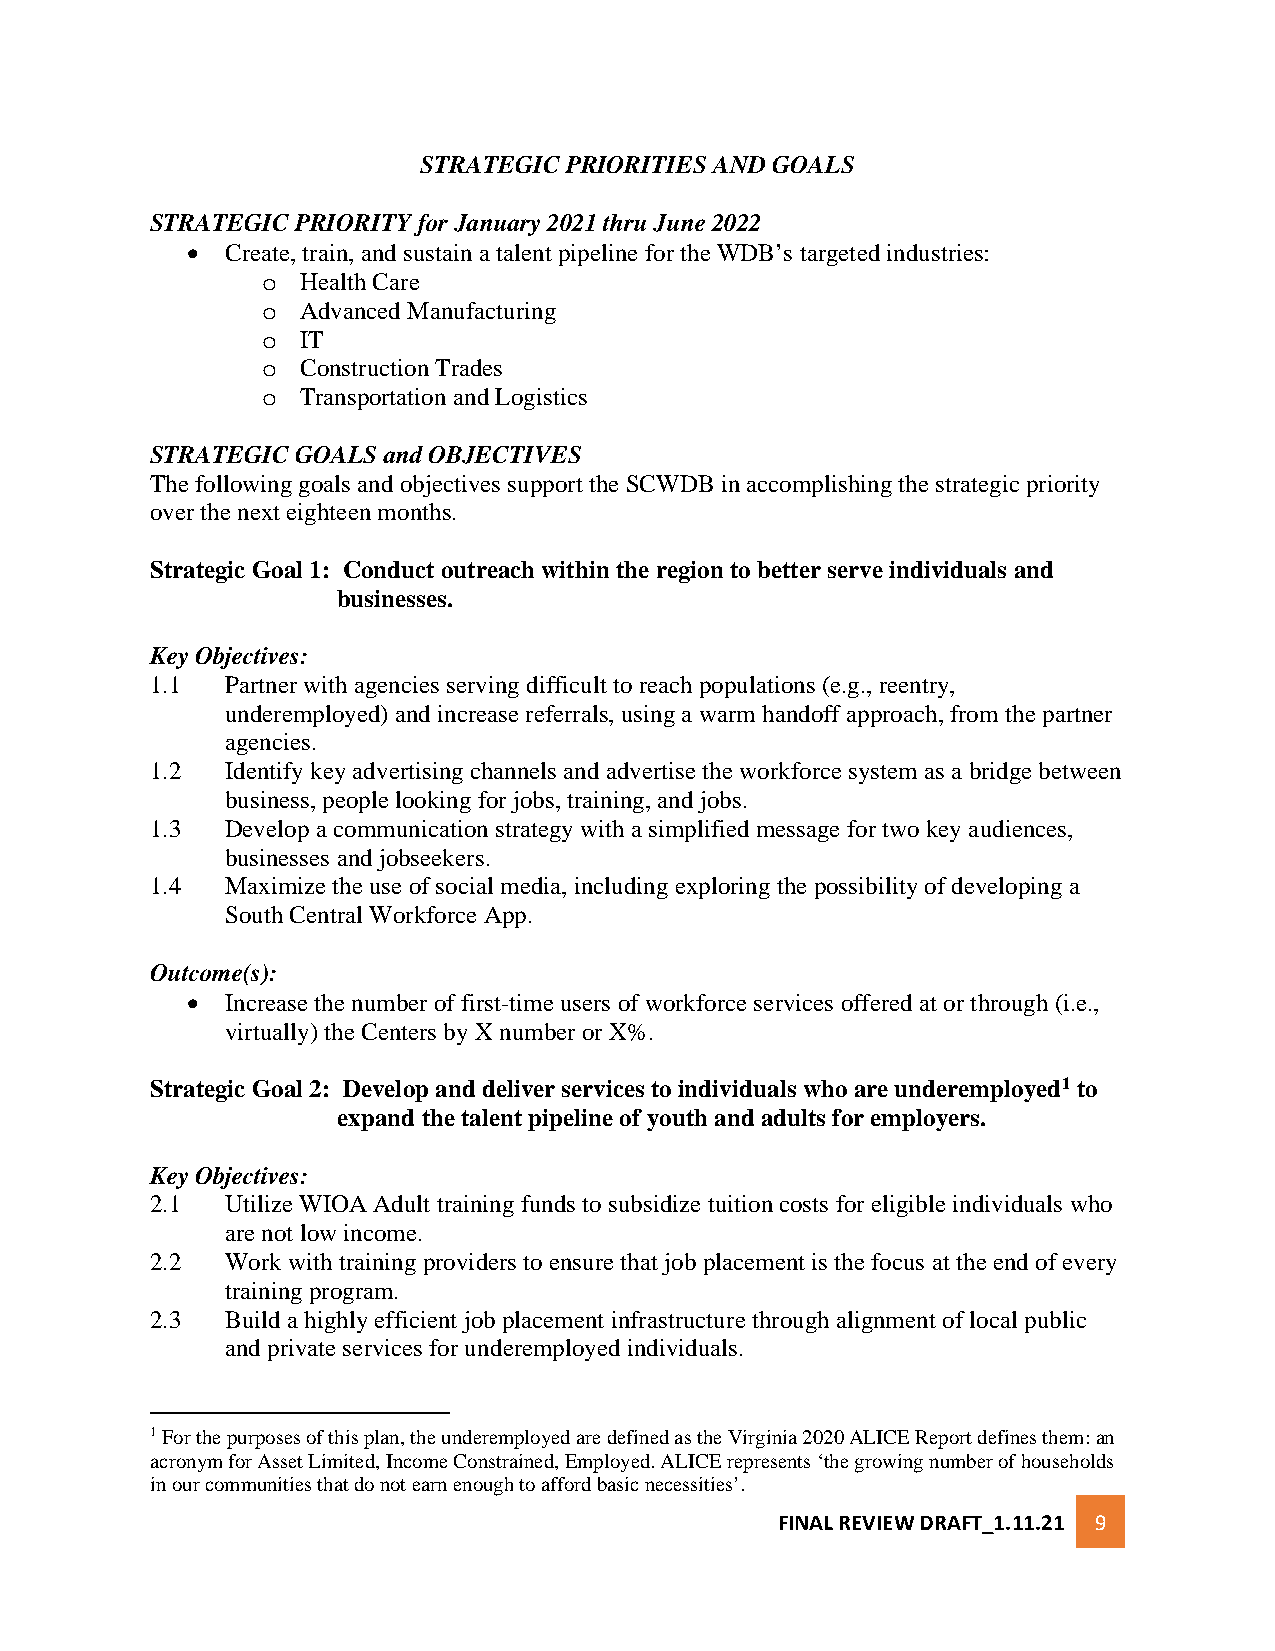
STRATEGIC PRIORITIES AND GOALS
 STRATEGIC PRIORITY for January 2021 thru June 2022
 •  Create, train, and sustain a talent pipeline for the WDB’s targeted industries:
 Health Care
 o
 Advanced Manufacturing
 o
 IT
 o
 Construction Trades
 o
 Transportation and Logistics
 o
 STRATEGIC GOALS and OBJECTIVES
 The following goals and objectives support the SCWDB in accomplishing the strategic priority
 over the next eighteen months.
 Strategic Goal 1: Conduct outreach within the region to better serve individuals and
 businesses.
 Key Objectives:
 1.1  Partner with agencies serving difficult to reach populations (e.g., reentry,
 underemployed) and increase referrals, using a warm handoff approach, from the partner
 agencies.
 1.2  Identify key advertising channels and advertise the workforce system as a bridge between
 business, people looking for jobs, training, and jobs.
 1.3  Develop a communication strategy with a simplified message for two key audiences,
 businesses and jobseekers.
 1.4  Maximize the use of social media, including exploring the possibility of developing a
 South Central Workforce App.
 Outcome(s):
 •  Increase the number of first-time users of workforce services offered at or through (i.e.,
 virtually) the Centers by X number or X%.
 Strategic Goal 2: Develop and deliver services to individuals who are underemployed1 to
 expand the talent pipeline of youth and adults for employers.
 Key Objectives:
 2.1  Utilize WIOA Adult training funds to subsidize tuition costs for eligible individuals who
 are not low income.
 2.2  Work with training providers to ensure that job placement is the focus at the end of every
 training program.
 2.3  Build a highly efficient job placement infrastructure through alignment of local public
 and private services for underemployed individuals.
 1 For the purposes of this plan, the underemployed are defined as the Virginia 2020 ALICE Report defines them: an
 acronym for Asset Limited, Income Constrained, Employed. ALICE represents ‘the growing number of households
 in our communities that do not earn enough to afford basic necessities’.
 FINAL REVIEW DRAFT_1.11.21 9